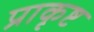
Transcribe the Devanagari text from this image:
प्राकृष्ट